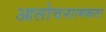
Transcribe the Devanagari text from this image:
आलोचनात्मकता